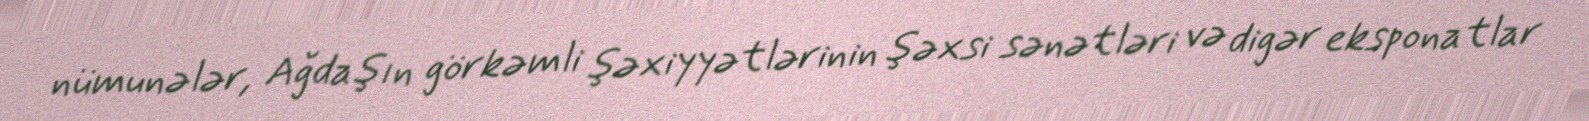
nümunələr, Ağdaşın görkəmli şəxiyyətlərinin şəxsi sənətləri və digər eksponatlar